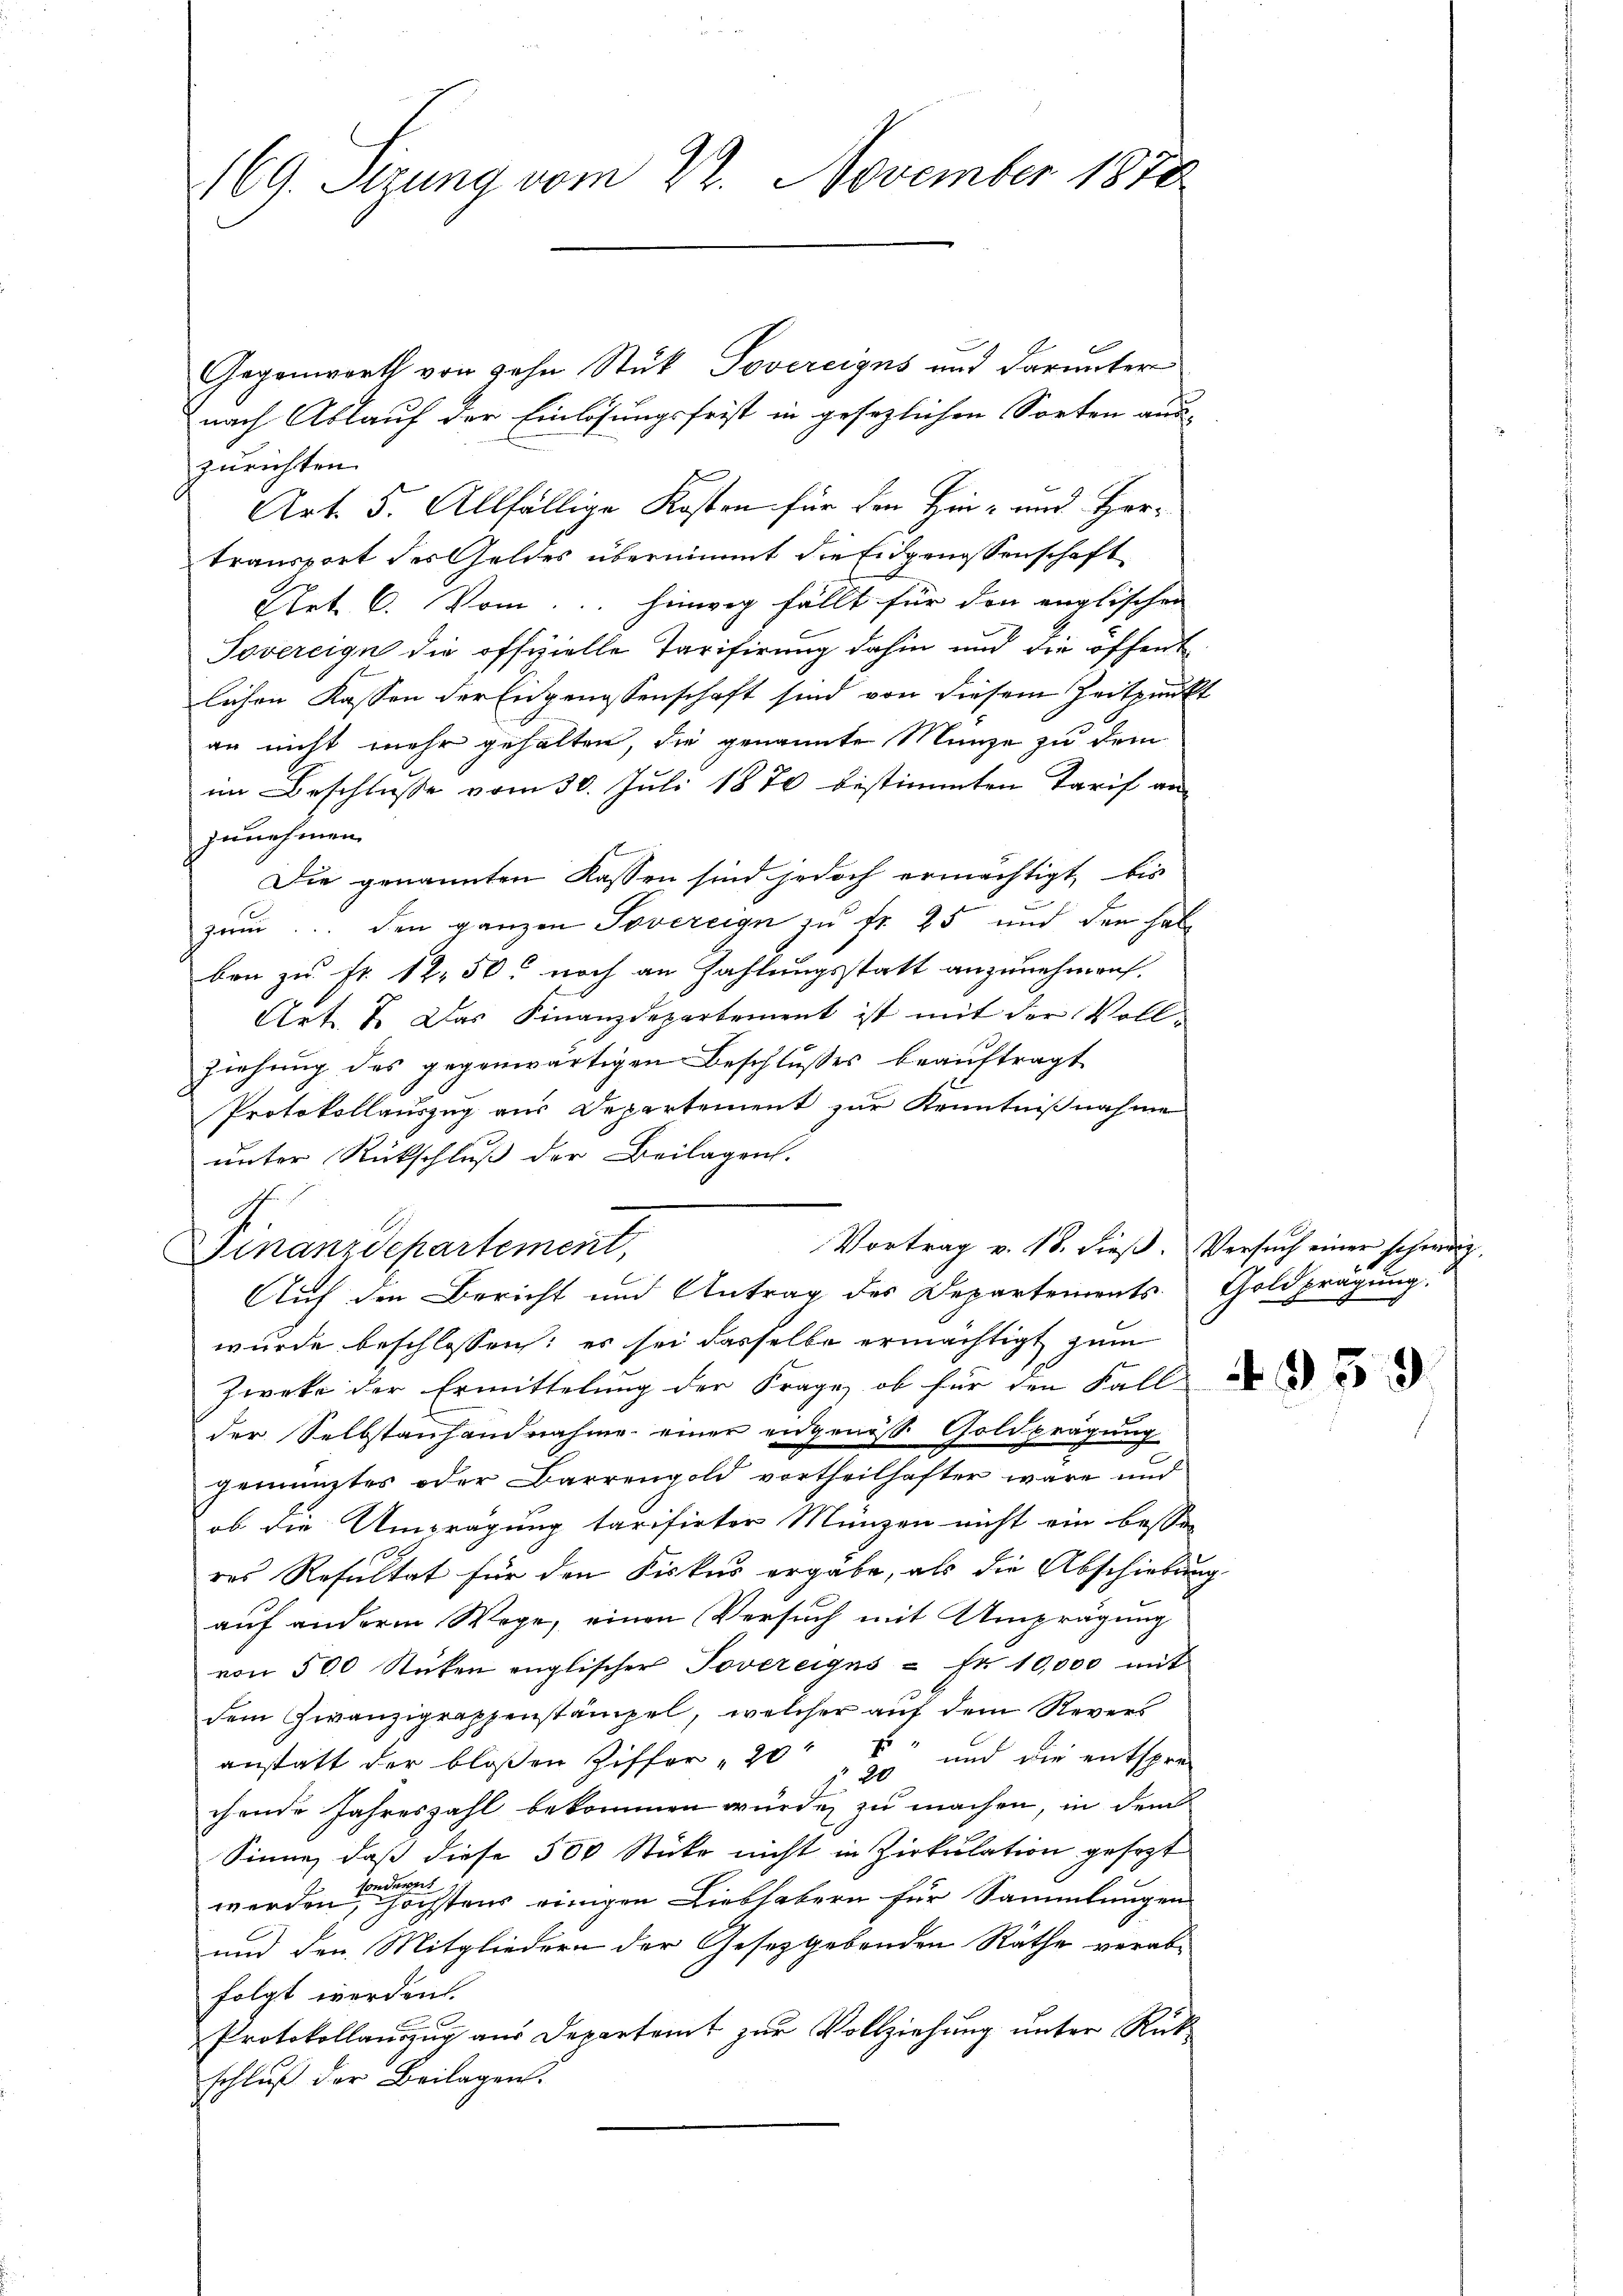
169. Serung vom 22. November 1878

Gegenwarth von zehn Stuk Sovereigns und darunter
nach Ablauf der Einlösungsfrist in gesezlichen Sorten aus-
zurichten.
Art. 5. Allfällige Kosten für den Hin- und Hertransport des Geldes übernimmt die Eidgenossenschaft
Elet C. Vom. hinwig fällt für den englischen
Sovereign die offizielle Tarifirung dahin und die öffent
lichen Kassen der Eidgenossenschaft sind von diesem Zeitpunkt
an nicht mehr gehalten, die genannte Münze zu dem
im Beschlusse vom 30. Juli 1870 bestimmten Tarif an
zunehmen.
Die genannten Kassen sind jedoch ermächtigt bis
zum... den ganzen Tovereign zu fr 25 und den habe
ben zu Fr. 1250 noch an Zahlungsstatt anzunehmen.
Art. 7. Das Finanzdepartement ist mit der Vollziehung des gegenwärtigen Beschlußes beauftragt
Protokollauszug aus Departement zur Kenntnißnahme
unter Rückschluß der Beilagen.
Ginanzdepartement,
Auf den Bericht und Antrag des Departements. Goldprägung.
wurde beschlossen: es sei dasselbe ermächtigt zum
Zwek der Ermittelung der Frage, ob für den Fall
der Selbstanhandnahme einer eidgenoß Goldprägung
gemeistes oder Barrengold vortheilhafter wäre und
ob die Umprägung tarisirter Münzen nicht ein bessen
res Resultat für den Fiskus ergäbe, als die Abschiebung
auf anderm Wege, einen Versuch mit Umprägung
von 500 Stücken englischer Jovereignus - Fr. 10,000 mit
dem Zwanzigrappenstämpel, welcher auf dem Revers
anstatt der bloßen Ziffer " 20 " und die entspre
chende Jahreszahl bekommen würde, zu machen, in dem
Sinne, daß diese 500 Stücke nicht in Zirkulation gesezt
werden eine nichtens einigen Liebhabern für Sammlungen
und den Mitgliedern der Gesetzgebenden Räthe verabfolgt werden.
Protokollauszug aus Departamt zur Vollziehung unter Rückschluß der Beilagen.

.

Vortrag v. 18. dieß. Versuch einer schweiz,